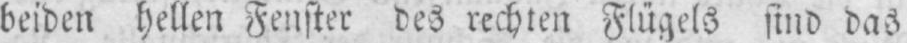
beiden hellen Fenster des rechten Flügels sind das